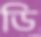
ডি